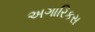
અગારિકસ